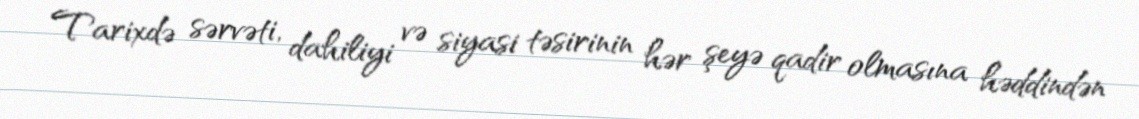
Tarixdə sərvəti, dahiliyi və siyasi təsirinin hər şeyə qadir olmasına həddindən